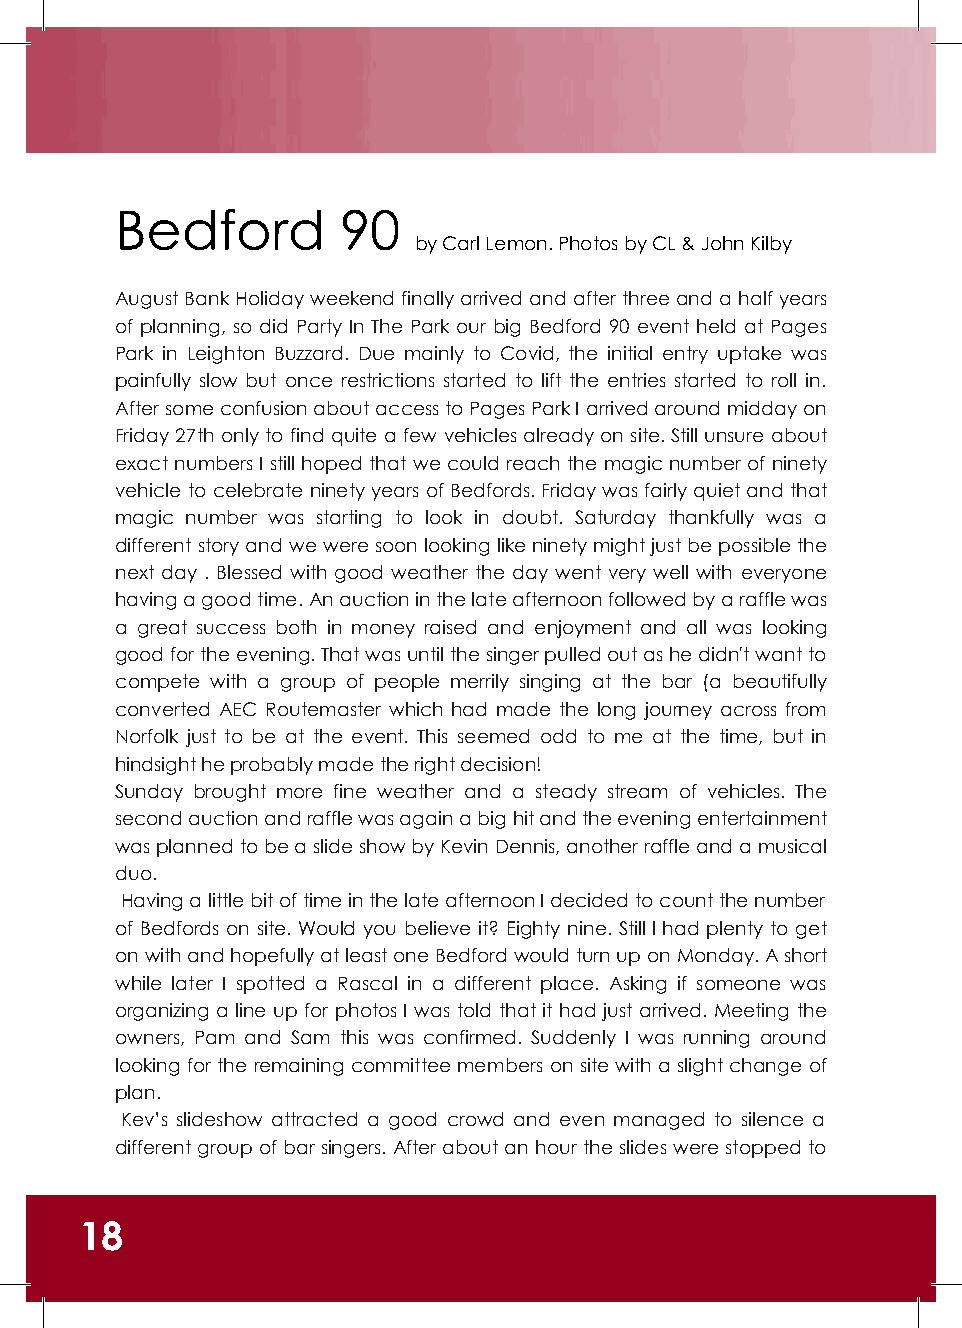
Bedford        90
 by Carl Lemon. Photos by CL & John Kilby
 August Bank Holiday weekend finally arrived and after three and a half years
 of planning, so did Party In The Park our big Bedford 90 event held at Pages
 Park in Leighton Buzzard. Due mainly to Covid, the initial entry uptake was
 painfully slow but once restrictions started to lift the entries started to roll in.
 After some confusion about access to Pages Park I arrived around midday on
 Friday 27th only to find quite a few vehicles already on site. Still unsure about
 exact numbers I still hoped that we could reach the magic number of ninety
 vehicle to celebrate ninety years of Bedfords. Friday was fairly quiet and that
 magic number was starting to look in doubt. Saturday thankfully was a
 different story and we were soon looking like ninety might just be possible the
 next day . Blessed with good weather the day went very well with everyone
 having a good time. An auction in the late afternoon followed by a raffle was
 a great success both in money raised and enjoyment and all was looking
 good for the evening. That was until the singer pulled out as he didn't want to
 compete with a group of people merrily singing at the bar (a beautifully
 converted AEC Routemaster which had made the long journey across from
 Norfolk just to be at the event. This seemed odd to me at the time, but in
 hindsight he probably made the right decision!
 Sunday brought more fine weather and a steady stream of vehicles. The
 second auction and raffle was again a big hit and the evening entertainment
 was planned to be a slide show by Kevin Dennis, another raffle and a musical
 duo.
 Having a little bit of time in the late afternoon I decided to count the number
 of Bedfords on site. Would you believe it? Eighty nine. Still I had plenty to get
 on with and hopefully at least one Bedford would turn up on Monday. A short
 while later I spotted a Rascal in a different place. Asking if someone was
 organizing a line up for photos I was told that it had just arrived. Meeting the
 owners, Pam and Sam this was confirmed. Suddenly I was running around
 looking for the remaining committee members on site with a slight change of
 plan.
 Kev’s slideshow attracted a good crowd and even managed to silence a
 different group of bar singers. After about an hour the slides were stopped to
 18